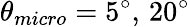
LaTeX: \theta_{micro}=5^{\circ},\, 20^{\circ}